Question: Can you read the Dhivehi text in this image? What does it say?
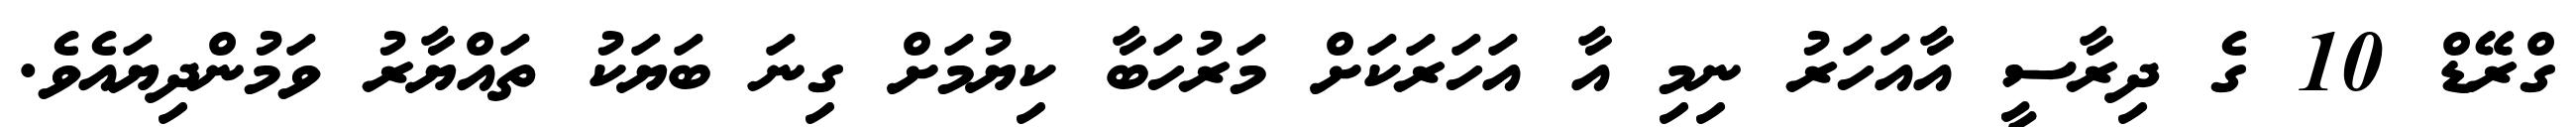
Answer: ގްރޭޑް 10 ގެ ދިރާސީ އާއަހަރު ނިމި އާ އަހަރަކަށް މަރުހަބާ ކިޔުމަށް ގިނަ ބަޔަކު ތައްޔާރު ވަމުންދިޔައެވެ.